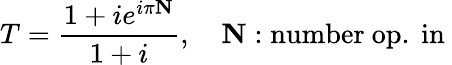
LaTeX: T=\frac{1+ie^{i\pi\mathbf{N}}}{1+i},\quad\mathbf{N}:\mathrm{number~op.~in~}